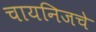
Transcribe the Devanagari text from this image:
चायनिजचे